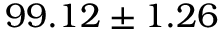
9 9 . 1 2 \pm 1 . 2 6